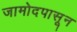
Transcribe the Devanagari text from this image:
जामोदपासून